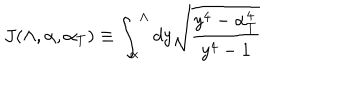
J ( \Lambda , \alpha , \alpha _ { T } ) \equiv \int _ { \alpha } ^ { \Lambda } d y \sqrt { \frac { y ^ { 4 } - \alpha _ { T } ^ { 4 } } { y ^ { 4 } - 1 } }